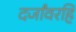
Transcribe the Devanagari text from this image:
दर्जांवरहि